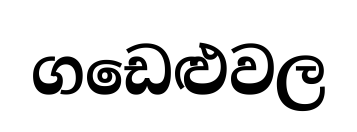
ගඩෙළුවල